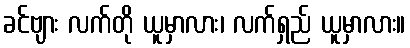
ခင်ဗျား လက်တို ယူမှာလား၊ လက်ရှည် ယူမှာလား။